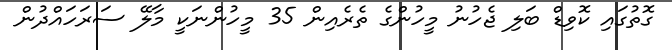
ގޮތުގައި ކޮވިޑް ބަލި ޖެހުނު މީހުންގެ ތެރެއިން 35 މީހުންނަކީ މާލޭ ސަރަހައްދުން